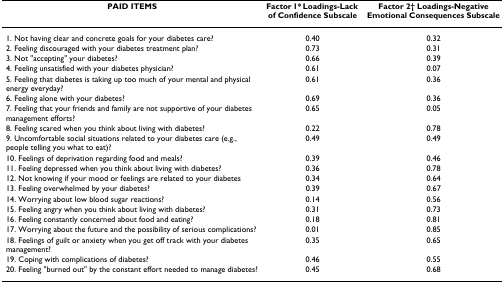
<table><thead><tr><td><b>PAID ITEMS</b></td><td><b>Factor 1* Loadings-Lack of Confidence Subscale</b></td><td><b>Factor 2† Loadings-Negative Emotional Consequences Subscale</b></td></tr></thead><tbody><tr><td>1. Not having clear and concrete goals for your diabetes care?</td><td>0.40</td><td>0.32</td></tr><tr><td>2. Feeling discouraged with your diabetes treatment plan?</td><td>0.73</td><td>0.31</td></tr><tr><td>3. Not &quot;accepting&quot; your diabetes?</td><td>0.66</td><td>0.39</td></tr><tr><td>4. Feeling unsatisfied with your diabetes physician?</td><td>0.61</td><td>0.07</td></tr><tr><td>5. Feeling that diabetes is taking up too much of your mental and physical energy everyday?</td><td>0.61</td><td>0.36</td></tr><tr><td>6. Feeling alone with your diabetes?</td><td>0.69</td><td>0.36</td></tr><tr><td>7. Feeling that your friends and family are not supportive of your diabetes management efforts?</td><td>0.65</td><td>0.05</td></tr><tr><td>8. Feeling scared when you think about living with diabetes?</td><td>0.22</td><td>0.78</td></tr><tr><td>9. Uncomfortable social situations related to your diabetes care (e.g., people telling you what to eat)?</td><td>0.49</td><td>0.49</td></tr><tr><td>10. Feelings of deprivation regarding food and meals?</td><td>0.39</td><td>0.46</td></tr><tr><td>11. Feeling depressed when you think about living with diabetes?</td><td>0.36</td><td>0.78</td></tr><tr><td>12. Not knowing if your mood or feelings are related to your diabetes</td><td>0.34</td><td>0.64</td></tr><tr><td>13. Feeling overwhelmed by your diabetes?</td><td>0.39</td><td>0.67</td></tr><tr><td>14. Worrying about low blood sugar reactions?</td><td>0.14</td><td>0.56</td></tr><tr><td>15. Feeling angry when you think about living with diabetes?</td><td>0.31</td><td>0.73</td></tr><tr><td>16. Feeling constantly concerned about food and eating?</td><td>0.18</td><td>0.81</td></tr><tr><td>17. Worrying about the future and the possibility of serious complications?</td><td>0.01</td><td>0.85</td></tr><tr><td>18. Feelings of guilt or anxiety when you get off track with your diabetes management?</td><td>0.35</td><td>0.65</td></tr><tr><td>19. Coping with complications of diabetes?</td><td>0.46</td><td>0.55</td></tr><tr><td>20. Feeling &quot;burned out&quot; by the constant effort needed to manage diabetes?</td><td>0.45</td><td>0.68</td></tr></tbody></table>